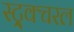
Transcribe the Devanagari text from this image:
स्ट्र्क्चरल